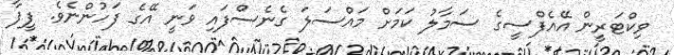
ވިކްޓަރީން އޭއެފްސީގެ ސަމާލު ކަމަށް މައްސަލަ ގެނެސްފައި ވަނީ އޭގެ ފަހުންނެވެ. ފީފާ